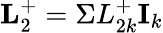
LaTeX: \textbf{L}_{2}^{+}=\Sigma L_{2k}^{+}\textbf{I}_{k}